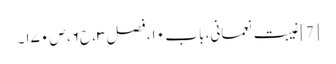
[7] غیبت نعمانی، باب ۱۰، فصل ۳، ح۶، ص ۱۷۰۔